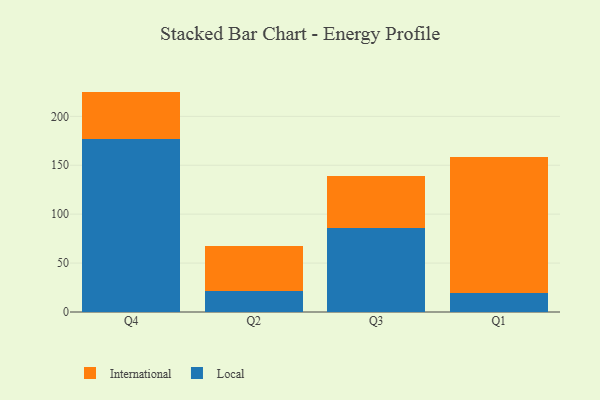
{"axis": {"x": "Quarter", "y": "Net Income (USD K)"}, "legend": ["International", "Local"], "data": [{"x": "Q4", "y": 177.1, "type": "Local"}, {"x": "Q4", "y": 48.2, "type": "International"}, {"x": "Q2", "y": 21.0, "type": "Local"}, {"x": "Q2", "y": 46.9, "type": "International"}, {"x": "Q3", "y": 86.2, "type": "Local"}, {"x": "Q3", "y": 52.5, "type": "International"}, {"x": "Q1", "y": 19.4, "type": "Local"}, {"x": "Q1", "y": 139.5, "type": "International"}]}